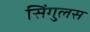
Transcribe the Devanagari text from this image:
सिंगुलस